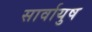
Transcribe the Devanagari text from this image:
सार्वायुष